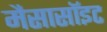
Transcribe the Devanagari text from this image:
मैसासॉइट